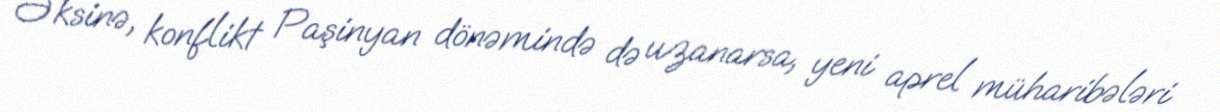
Əksinə, konflikt Paşinyan dönəmində də uzanarsa, yeni aprel müharibələri